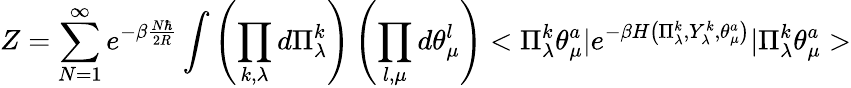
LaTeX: Z=\sum_{N=1}^{\infty}e^{-\beta\frac{N\hbar}{2R}}\int\left(\prod_{k,\lambda}d\Pi_{\lambda}^{k}\right)\left(\prod_{l,\mu}d\theta_{\mu}^{l}\right)<\Pi_{\lambda}^{k}\theta_{\mu}^{a}|e^{-\beta H\left(\Pi_{\lambda}^{k},Y_{\lambda}^{k},\theta_{\mu}^{a}\right)}|\Pi_{\lambda}^{k}\theta_{\mu}^{a}>